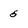
Character: 5